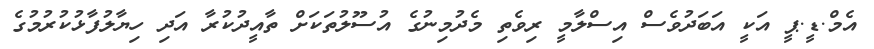
އެމް.ޑީ.ޕީ އަކީ އަބަދުވެސް އިސްލާމީ ރިވެތި މެދުމިނުގެ އުސޫލުތަކަށް ތާއީދުކުރާ އަދި ހިޔާލުފާޅުކުރުމުގެ